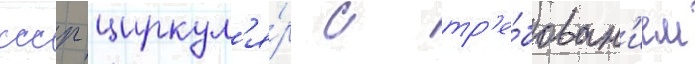
ссср циркул'я́р с тр'е́бован'ием